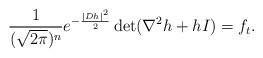
LaTeX: \begin{align*}\frac{1}{(\sqrt{2\pi})^n}e^{-\frac{|Dh|^2}{2}}\det (\nabla^2h+hI) = f_t.\end{align*}